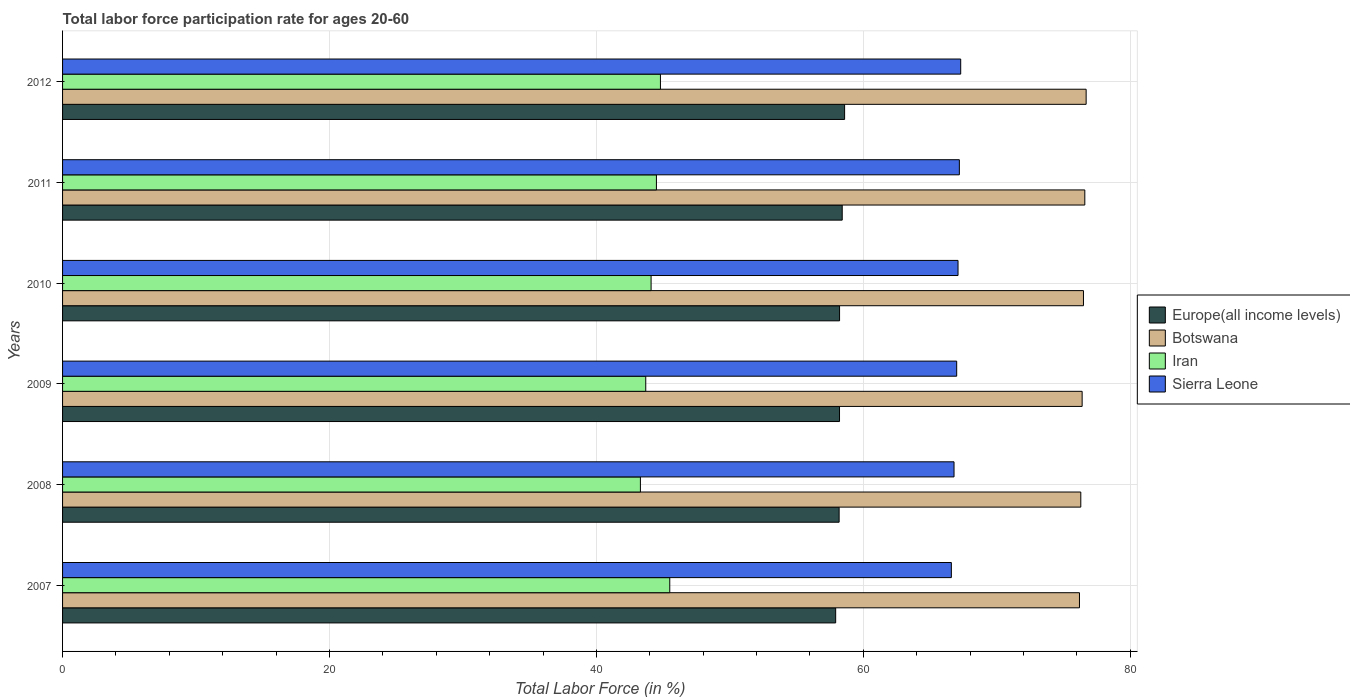
| Years | Europe(all income levels) | Botswana | Iran | Sierra Leone |
 | --- | --- | --- | --- | --- |
 | 2007 | 57.9 | 76.2 | 45.5 | 66.6 |
 | 2008 | 58.2 | 76.3 | 43.3 | 66.8 |
 | 2009 | 58.2 | 76.4 | 43.7 | 67 |
 | 2010 | 58.2 | 76.5 | 44.1 | 67.1 |
 | 2011 | 58.4 | 76.6 | 44.5 | 67.2 |
 | 2012 | 58.6 | 76.7 | 44.8 | 67.3 |